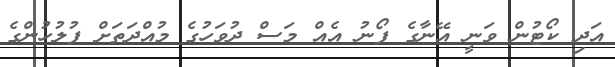
އަދި ކޯޓުން ވަނީ އޭނާގެ ފޯނު އެއް މަސް ދުވަހުގެ މުއްދަތަށް ފުލުހުންގެ